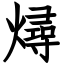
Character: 燖